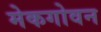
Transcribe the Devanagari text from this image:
मेकगोवन